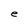
Character: e